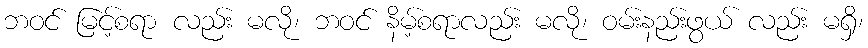
ဘဝင် မြင့်စရာ လည်း မလို၊ ဘဝင် နိမ့်စရာလည်း မလို၊ ဝမ်းနည်းဖွယ် လည်း မရှိ၊